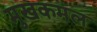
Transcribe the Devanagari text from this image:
मुखकमल